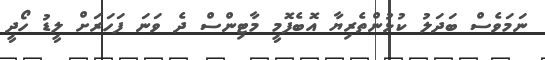
ނަމަވެސް ބަދަލު ކުޅުންތެރިޔާ އޮބެފޮމީ މާޓިންސް ދެ ވަނަ ފަހަރަށް ލީޑު ހޯދީ